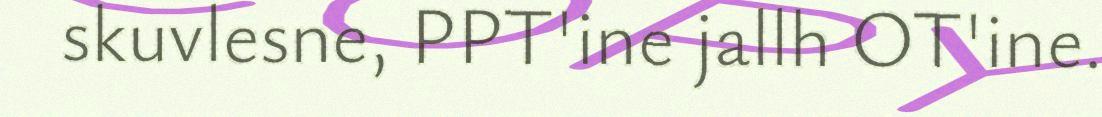
skuvlesne, PPT'ine jallh OT'ine.